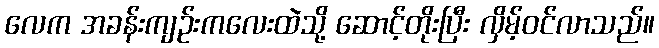
လေက အခန်းကျဉ်းကလေးထဲသို့ ဆောင့်တိုးပြီး လှိမ့်ဝင်လာသည်။